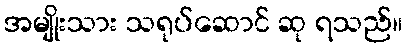
အမျိုးသား သရုပ်ဆောင် ဆု ရသည်။